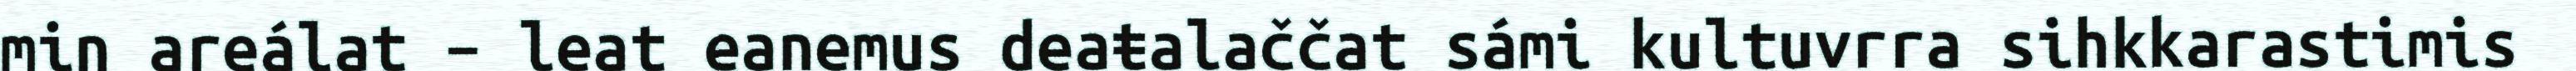
min areálat – leat eanemus deaŧalaččat sámi kultuvrra sihkkarastimis